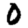
Digit: 0